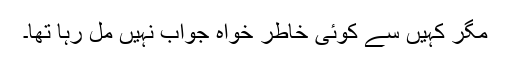
مگر کہیں سے کوئی خاطر خواہ جواب نہیں مل رہا تھا۔